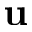
\mathbf { u }